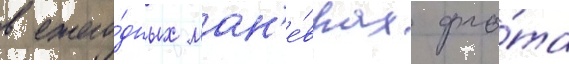
в ежего́дных ман'е́врах фло́та